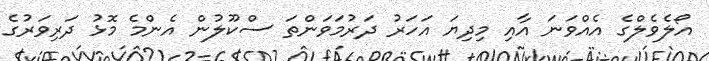
އޯލެވެލްގެ އެއްވަނަ އާއި މިދިޔަ އަހަރު ދަރުމަވަންތަ ސްކޫލުން އެންމެ މޮޅު ދަރިވަރުގެ